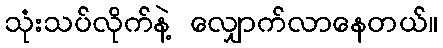
သုံးသပ်လိုက်နဲ့ လျှောက်လာနေတယ်။